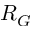
R _ { G }